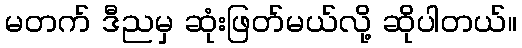
မတက် ဒီညမှ ဆုံးဖြတ်မယ်လို့ ဆိုပါတယ်။